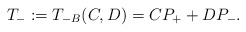
\begin{align*} T_- := T_{-B}(C,D) = C P_+ + D P_-.\end{align*}